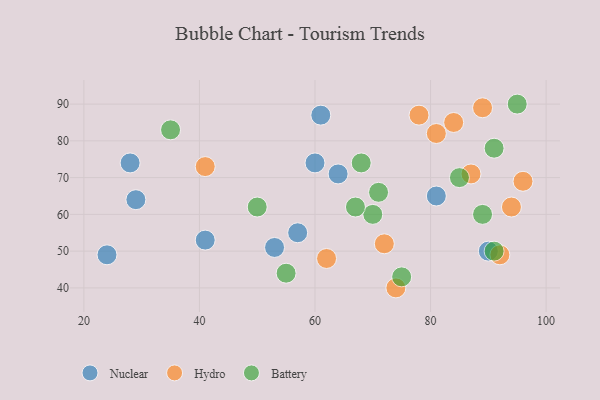
{"axis": {"x": "GDP", "y": "Life Expectancy"}, "legend": ["Battery", "Hydro", "Nuclear"], "data": [{"x": "60", "y": 74, "type": "Nuclear"}, {"x": "81", "y": 65, "type": "Nuclear"}, {"x": "53", "y": 51, "type": "Nuclear"}, {"x": "64", "y": 71, "type": "Nuclear"}, {"x": "61", "y": 87, "type": "Nuclear"}, {"x": "29", "y": 64, "type": "Nuclear"}, {"x": "57", "y": 55, "type": "Nuclear"}, {"x": "41", "y": 53, "type": "Nuclear"}, {"x": "90", "y": 50, "type": "Nuclear"}, {"x": "28", "y": 74, "type": "Nuclear"}, {"x": "24", "y": 49, "type": "Nuclear"}, {"x": "41", "y": 73, "type": "Hydro"}, {"x": "89", "y": 89, "type": "Hydro"}, {"x": "84", "y": 85, "type": "Hydro"}, {"x": "92", "y": 49, "type": "Hydro"}, {"x": "96", "y": 69, "type": "Hydro"}, {"x": "78", "y": 87, "type": "Hydro"}, {"x": "94", "y": 62, "type": "Hydro"}, {"x": "72", "y": 52, "type": "Hydro"}, {"x": "87", "y": 71, "type": "Hydro"}, {"x": "62", "y": 48, "type": "Hydro"}, {"x": "81", "y": 82, "type": "Hydro"}, {"x": "74", "y": 40, "type": "Hydro"}, {"x": "70", "y": 60, "type": "Battery"}, {"x": "71", "y": 66, "type": "Battery"}, {"x": "95", "y": 90, "type": "Battery"}, {"x": "91", "y": 50, "type": "Battery"}, {"x": "67", "y": 62, "type": "Battery"}, {"x": "89", "y": 60, "type": "Battery"}, {"x": "68", "y": 74, "type": "Battery"}, {"x": "55", "y": 44, "type": "Battery"}, {"x": "50", "y": 62, "type": "Battery"}, {"x": "75", "y": 43, "type": "Battery"}, {"x": "85", "y": 70, "type": "Battery"}, {"x": "35", "y": 83, "type": "Battery"}, {"x": "91", "y": 78, "type": "Battery"}]}